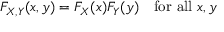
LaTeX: F _ { X , Y } ( x , y ) = F _ { X } ( x ) F _ { Y } ( y ) \quad { \mathrm { f o r ~ a l l ~ } } x , y